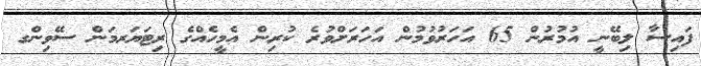
ފައިސާ ލިބޭނީ އުމުރުން 65 އަހަރުވުމުން އަހަރަށްވުރެ ކުރިން އެމީހެއްގެ ރިޓަޔަރމަން ސޭވިންގ